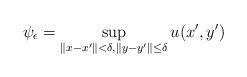
LaTeX: \begin{align*}\psi_\epsilon = \sup_{\|x-x'\|< \delta, \|y-y'\|\le \delta} u(x',y') \end{align*}